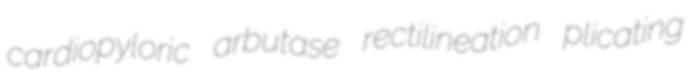
cardiopyloric arbutase rectilineation plicating